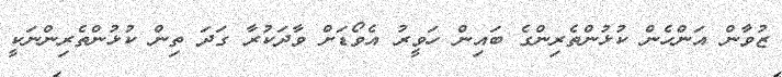
ޒުވާން އަންހެން ކުޅުންތެރިންގެ ބައިން ހަވީރު އެވޯޑަށް ވާދަކުރާ ގަދަ ތިން ކުޅުންތެރިންނަކީ